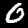
Label: 0